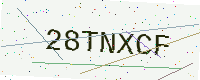
Text: 28TNXCF